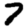
Digit: 7